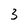
Character: 3